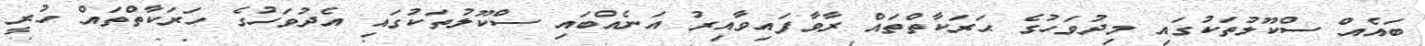
ބައެއް ސްކޫލުތަކުގައި މިދުވަހުގެ ޙަރަކާތްތައް ރާވާފައިވާއިރު އަނެއްބައި ސްކޫލުތަކުގައި އެދުވަހުގެ ހަރަކާތްތައް ހުރީ